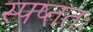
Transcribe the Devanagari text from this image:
स्पष्ततः